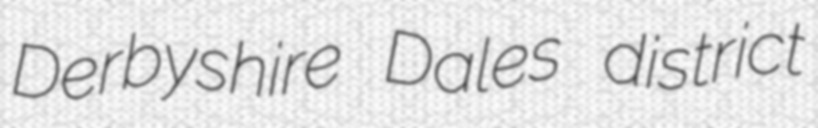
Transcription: Derbyshire Dales district